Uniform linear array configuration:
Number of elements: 12
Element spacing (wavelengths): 0.75
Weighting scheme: kaiser
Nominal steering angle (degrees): -60
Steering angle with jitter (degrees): -60.549
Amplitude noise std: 0.05
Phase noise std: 0.05

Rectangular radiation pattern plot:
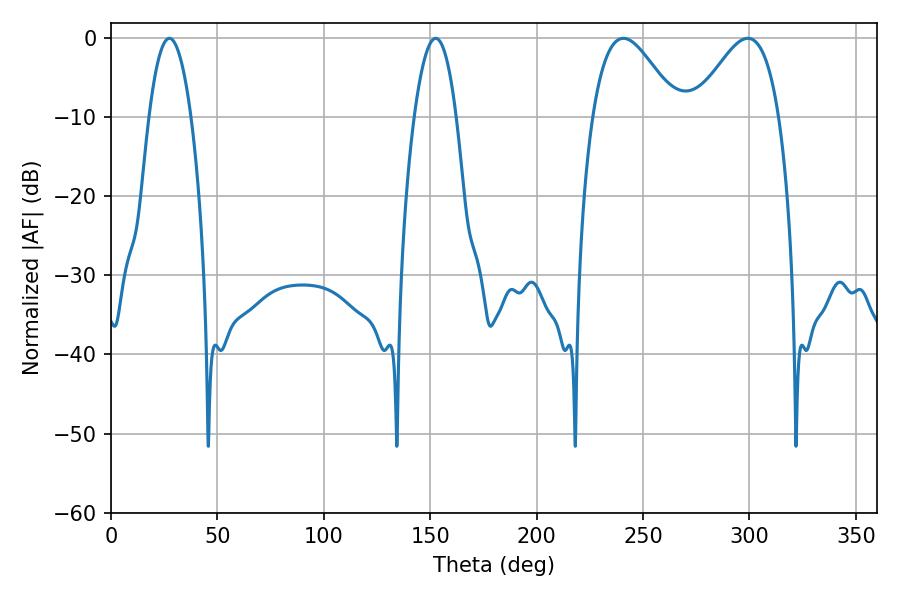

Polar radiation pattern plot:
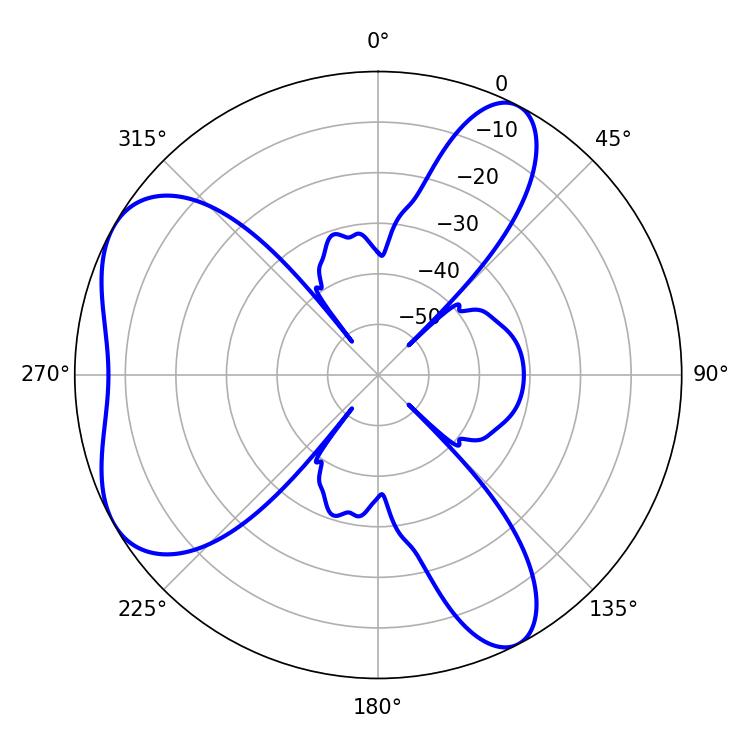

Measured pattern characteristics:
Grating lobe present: TRUE
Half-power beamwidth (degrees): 21.42
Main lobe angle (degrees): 240.84